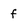
Character: f